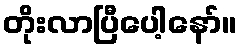
တိုးလာပြီပေါ့နော်။